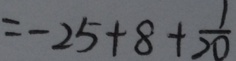
= - 2 5 + 8 + \frac { 1 } { 2 0 }